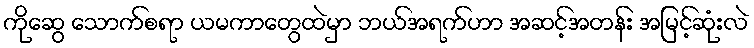
ကိုဆွေ သောက်စရာ ယမကာတွေထဲမှာ ဘယ်အရက်ဟာ အဆင့်အတန်း အမြင့်ဆုံးလဲ